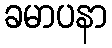
ခမာပနာ